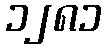
၁၂၈၁